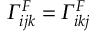
\itGamma _ { i j k } ^ { F } = \itGamma _ { i k j } ^ { F }